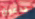
تدعون